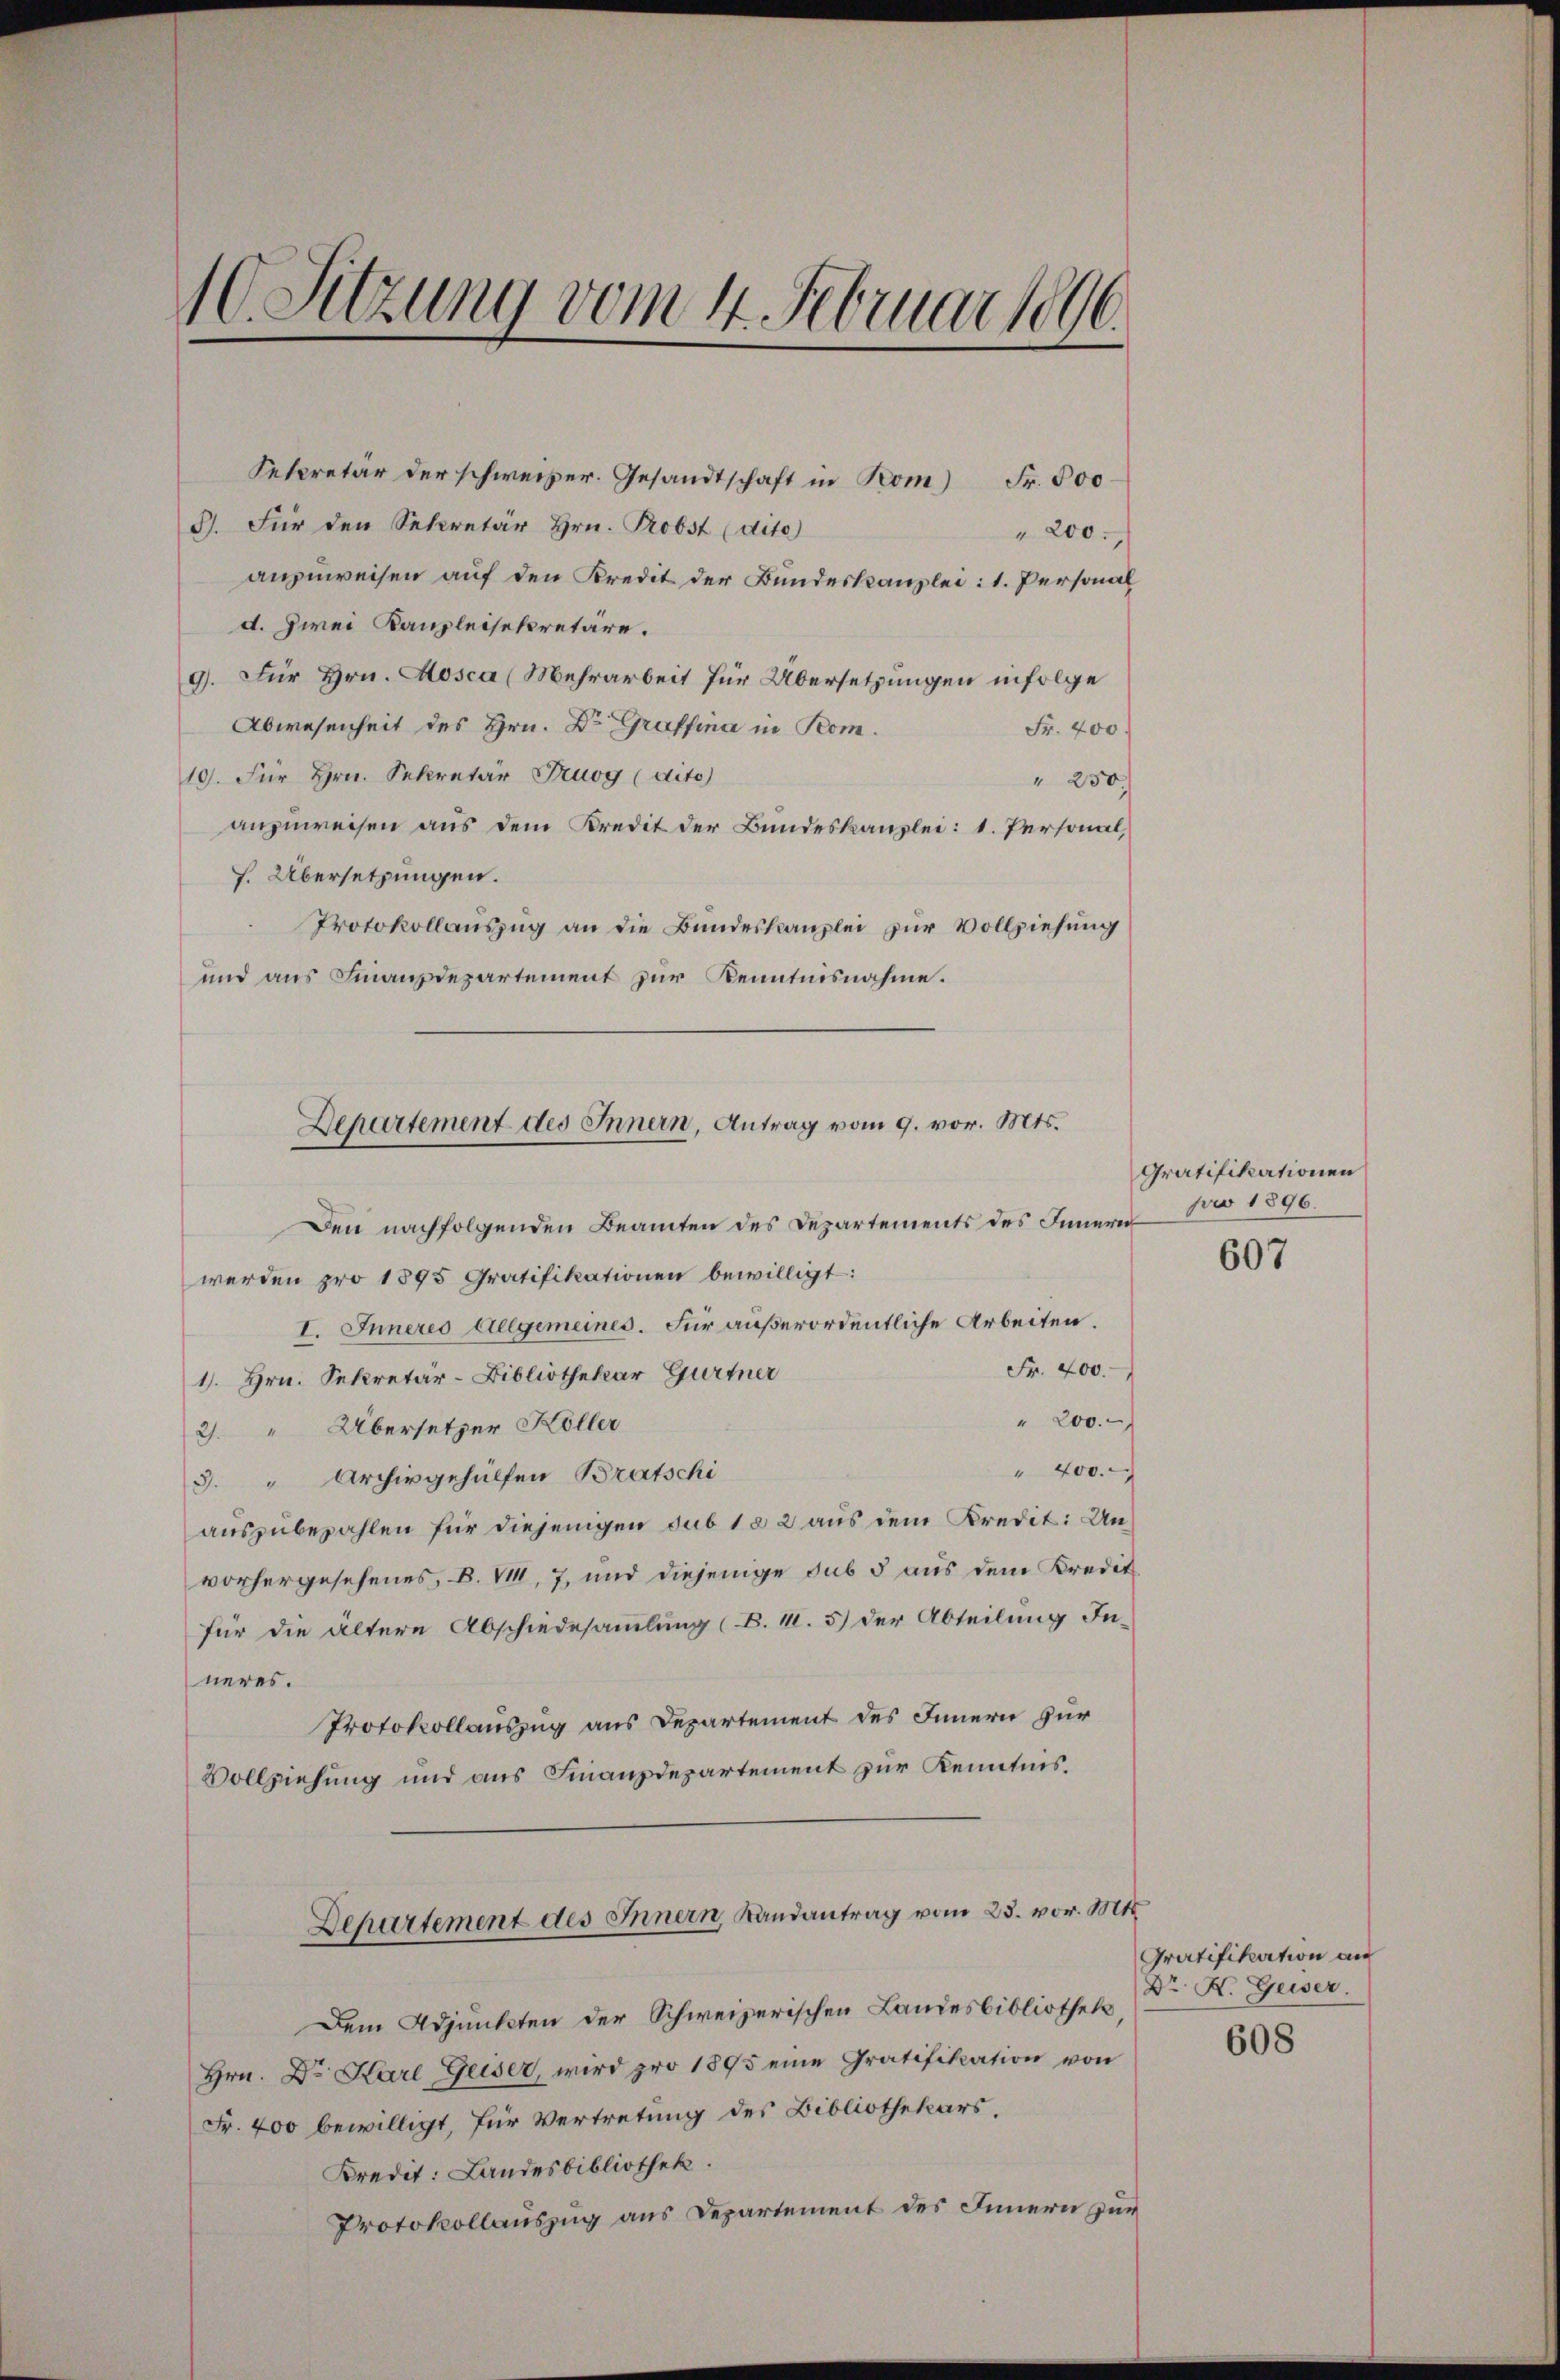
1Sitzung vom 4. Februar 1896.

Setcretär der schweizer. Gesandtschaft in Pom) Fr. 500
G. Für den Sekretär Hrn. Probst (dito
anzuweisen auf den Kredit der Bundeskanzlei: 1. Personal
d. Zwei Kanzleisekretäre.
9. Für Hrn. Aosca (Mehrarbeit für Übersetzungen infolge
Abwesenheit des Hrn. Dr. Graffina in Rom.
Fr. 400
19. Für Hrn. Sekretär Truog (dito
" 250.
anzuweisen aus dem Kredit der Bundeskanzlei: 1. Personal,
h. Übersetzungen.
Protokollauszug an die Bundeskanzlei zur Vollziehung
und aus Finanzdepartement zur Kenntnisnahme.
Den nachfolgenden Beamten des Departements des Innern
werden pro 1895 Gratifikationen bewilligt:
I. Inneres Allgemeines. Für außerordentliche Arbeiten.
Fr. 400.
1. Hrn. Sekretär-Bibliothekar Gurtner
" 200.
2) Übersetzer Köller
" 400.
3. " Archivgehülfen Bratschi
auszubezahlen für diejenigen sub 182 aus dem Kredit: Unvorhergesehenes, B. VIII. 7, und diejenige sub 5 aus dem Kredit
für die ältere Abschiedesammlung (B. 11. 5) der Abteilung In-
neres.
Protokollauszug aus Departement des Innern zur
Vollziehung und aus Finanzdepartement zur Kenntnis.
Departement des Innern, Landantrag vom 23. vor. Mts.
Dem Adjunkten der Schweizerischen Landesbibliothek
Hrn. Dr. Karl Geiser, wird pro 1895 eine Gratifikation von
Fr. 400 bewilligt, für Vertretung des Bibliothekars.
Kredit: Landesbibliothek.
Protokollauszug aus Departement des Innern zur

Departement des Innern, Antrag vom 9. vor. Mts.

" 200.

Gratifikationen
pro 1896.

607

Gratifikation an
Dr. K. Geiser.

608